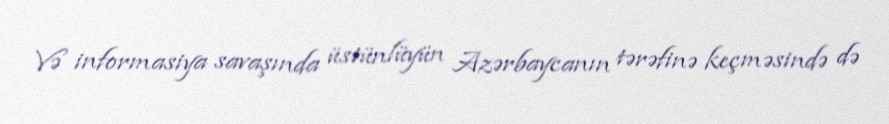
Və informasiya savaşında üstünlüyün Azərbaycanın tərəfinə keçməsində də